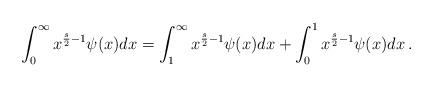
LaTeX: \begin{align*}\int_0^\infty x^{\frac{s}{2}-1}\psi(x) dx = \int_1^\infty x^{\frac{s}{2}-1}\psi(x)dx+\int_0^1 x^{\frac{s}{2}-1}\psi(x)dx \, .\end{align*}